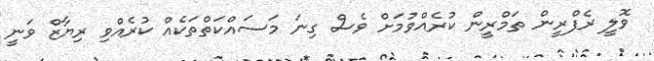
ވޮލީ ރެފްރީން ތަމްރީން ކުރެއްވުމަށް ވެސް ގިނަ މަސައްކަތްތަކެއް ކުރެއްވި ރިޔާޒް ވަނީ